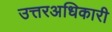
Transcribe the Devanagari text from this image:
उत्तरअधिकारी